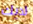
لديك